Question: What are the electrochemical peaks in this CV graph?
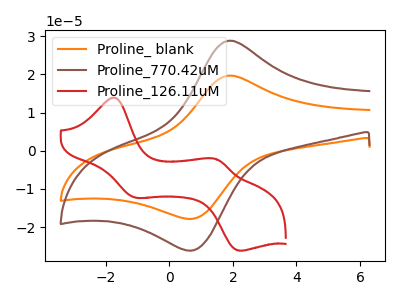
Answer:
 <answer>The orange curve "Proline_ blank" has an anodic peak at (1.95V, 19.70uA) and a cathodic peak at (0.75V, -17.80uA). The brown curve "Proline_770.42uM" has an anodic peak at (1.95V, 28.85uA) and a cathodic peak at (0.75V, -26.10uA). The red curve "Proline_126.11uM" has anodic peaks at (-1.70V, 13.85uA) (1.50V, -2.25uA) and cathodic peaks at (-1.05V, -12.30uA) (2.20V, -26.15uA).</answer>
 <eval></eval>